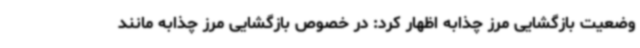
وضعیت بازگشایی مرز چذابه اظهار کرد: در خصوص بازگشایی مرز چذابه مانند